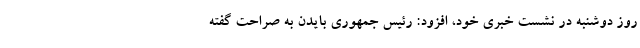
روز دوشنبه در نشست خبری خود، افزود: رئیس جمهوری بایدن به صراحت گفته